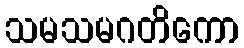
သမသမဂတိကော